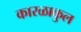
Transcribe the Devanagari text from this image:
कारळाकुल